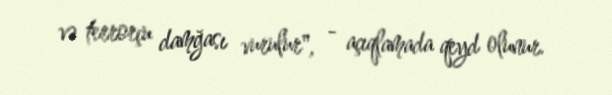
və terrorçu damğası vurulur", - açıqlamada qeyd olunur.